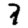
Digit: 7